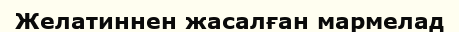
Желатиннен жасалған мармелад